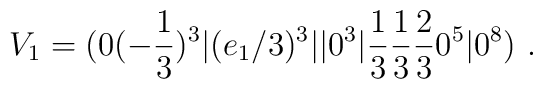
V_1 =(0(-{1\over 3})^3 \vert (e_1/3)^3\vert\vert 0^3\vert  {1\over 3}{1\over 3}{2\over 3}  0^5 \vert 0^8)~.